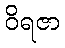
ဝိရဇာ